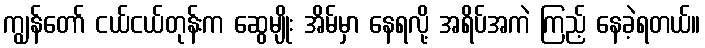
ကျွန်တော် ငယ်ငယ်တုန်းက ဆွေမျိုး အိမ်မှာ နေရလို့ အရိပ်အကဲ ကြည့် နေခဲ့ရတယ်။